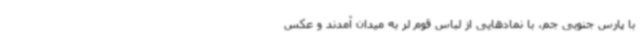
با پارس‌ جنوبی‌ جم، با نمادهایی از لباس قوم لر به میدان آمدند و عکس